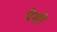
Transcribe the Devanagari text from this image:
पेशो